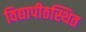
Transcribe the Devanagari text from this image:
विद्यापीठस्थित